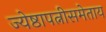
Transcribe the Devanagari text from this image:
ज्येष्ठापत्नीसमेताय